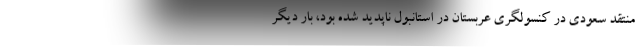
منتقد سعودی در کنسولگری عربستان در استانبول ناپدید شده بود، بار دیگر